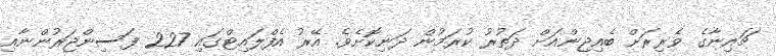
ޗައިނާގެ ވެރިރަށް ބެއިޖިންއަށް ދަތުރު ކުރަމުން ދަނިކޮށެވެ. އޭރު އެފްލައިޓްގައި 227 ފަސިންޖަރުންނާއި